Problem: 6 × 9 = ?
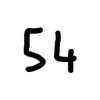
Handwritten answer: 54